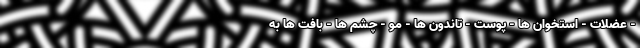
- عضلات - استخوان ها - پوست - تاندون ها - مو - چشم ها - بافت ها به